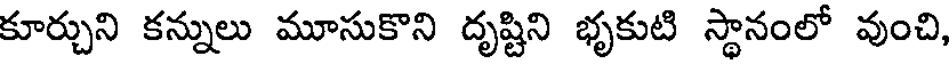
కూర్చుని కన్నులు మూసుకొని దృష్టిని భృకుటి స్థానంలో వుంచి,